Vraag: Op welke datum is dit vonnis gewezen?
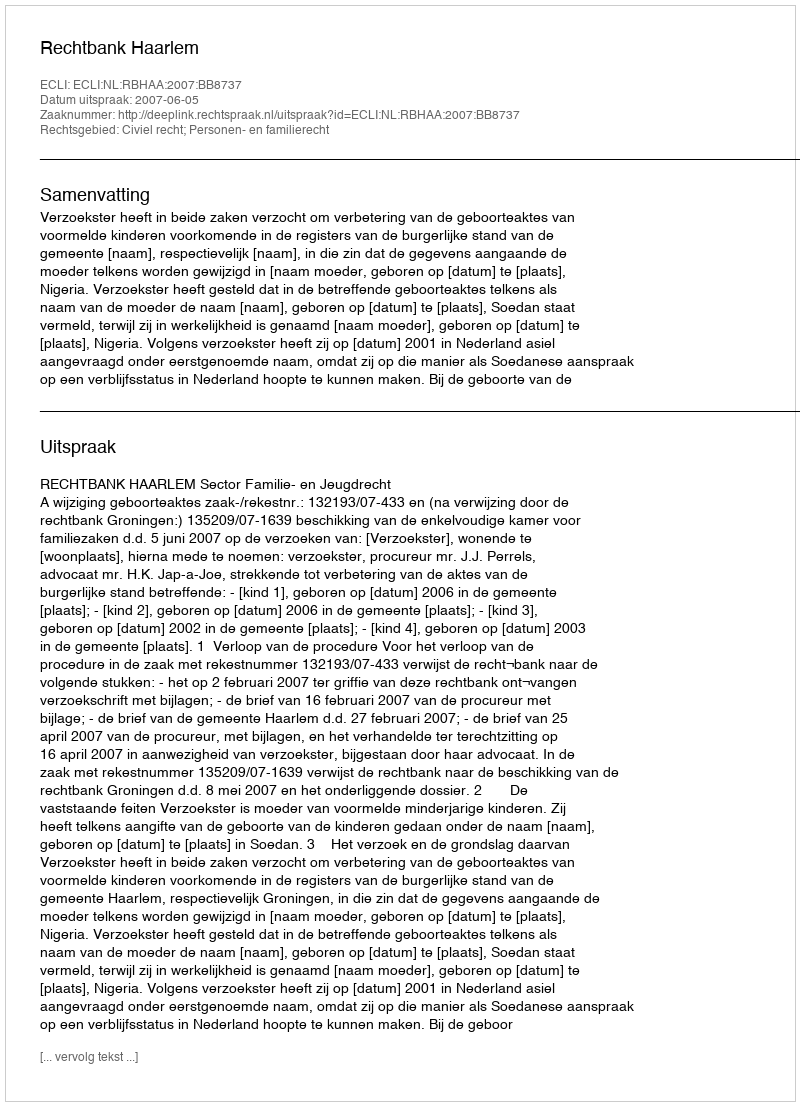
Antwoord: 2007-06-05